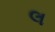
લ